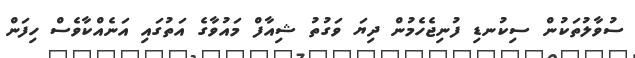
ސުވާލުތަކުން ސިކުނޑި ފުނިޖެހެމުން ދިޔަ ވަގުތު ޝިއާފް މައުވާގެ އަތުގައި އަނެއްކާވެސް ހިފަން